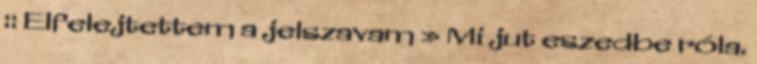
:: Elfelejtettem a jelszavam » Mi jut eszedbe róla.